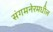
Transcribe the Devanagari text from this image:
संगमनेरमधील